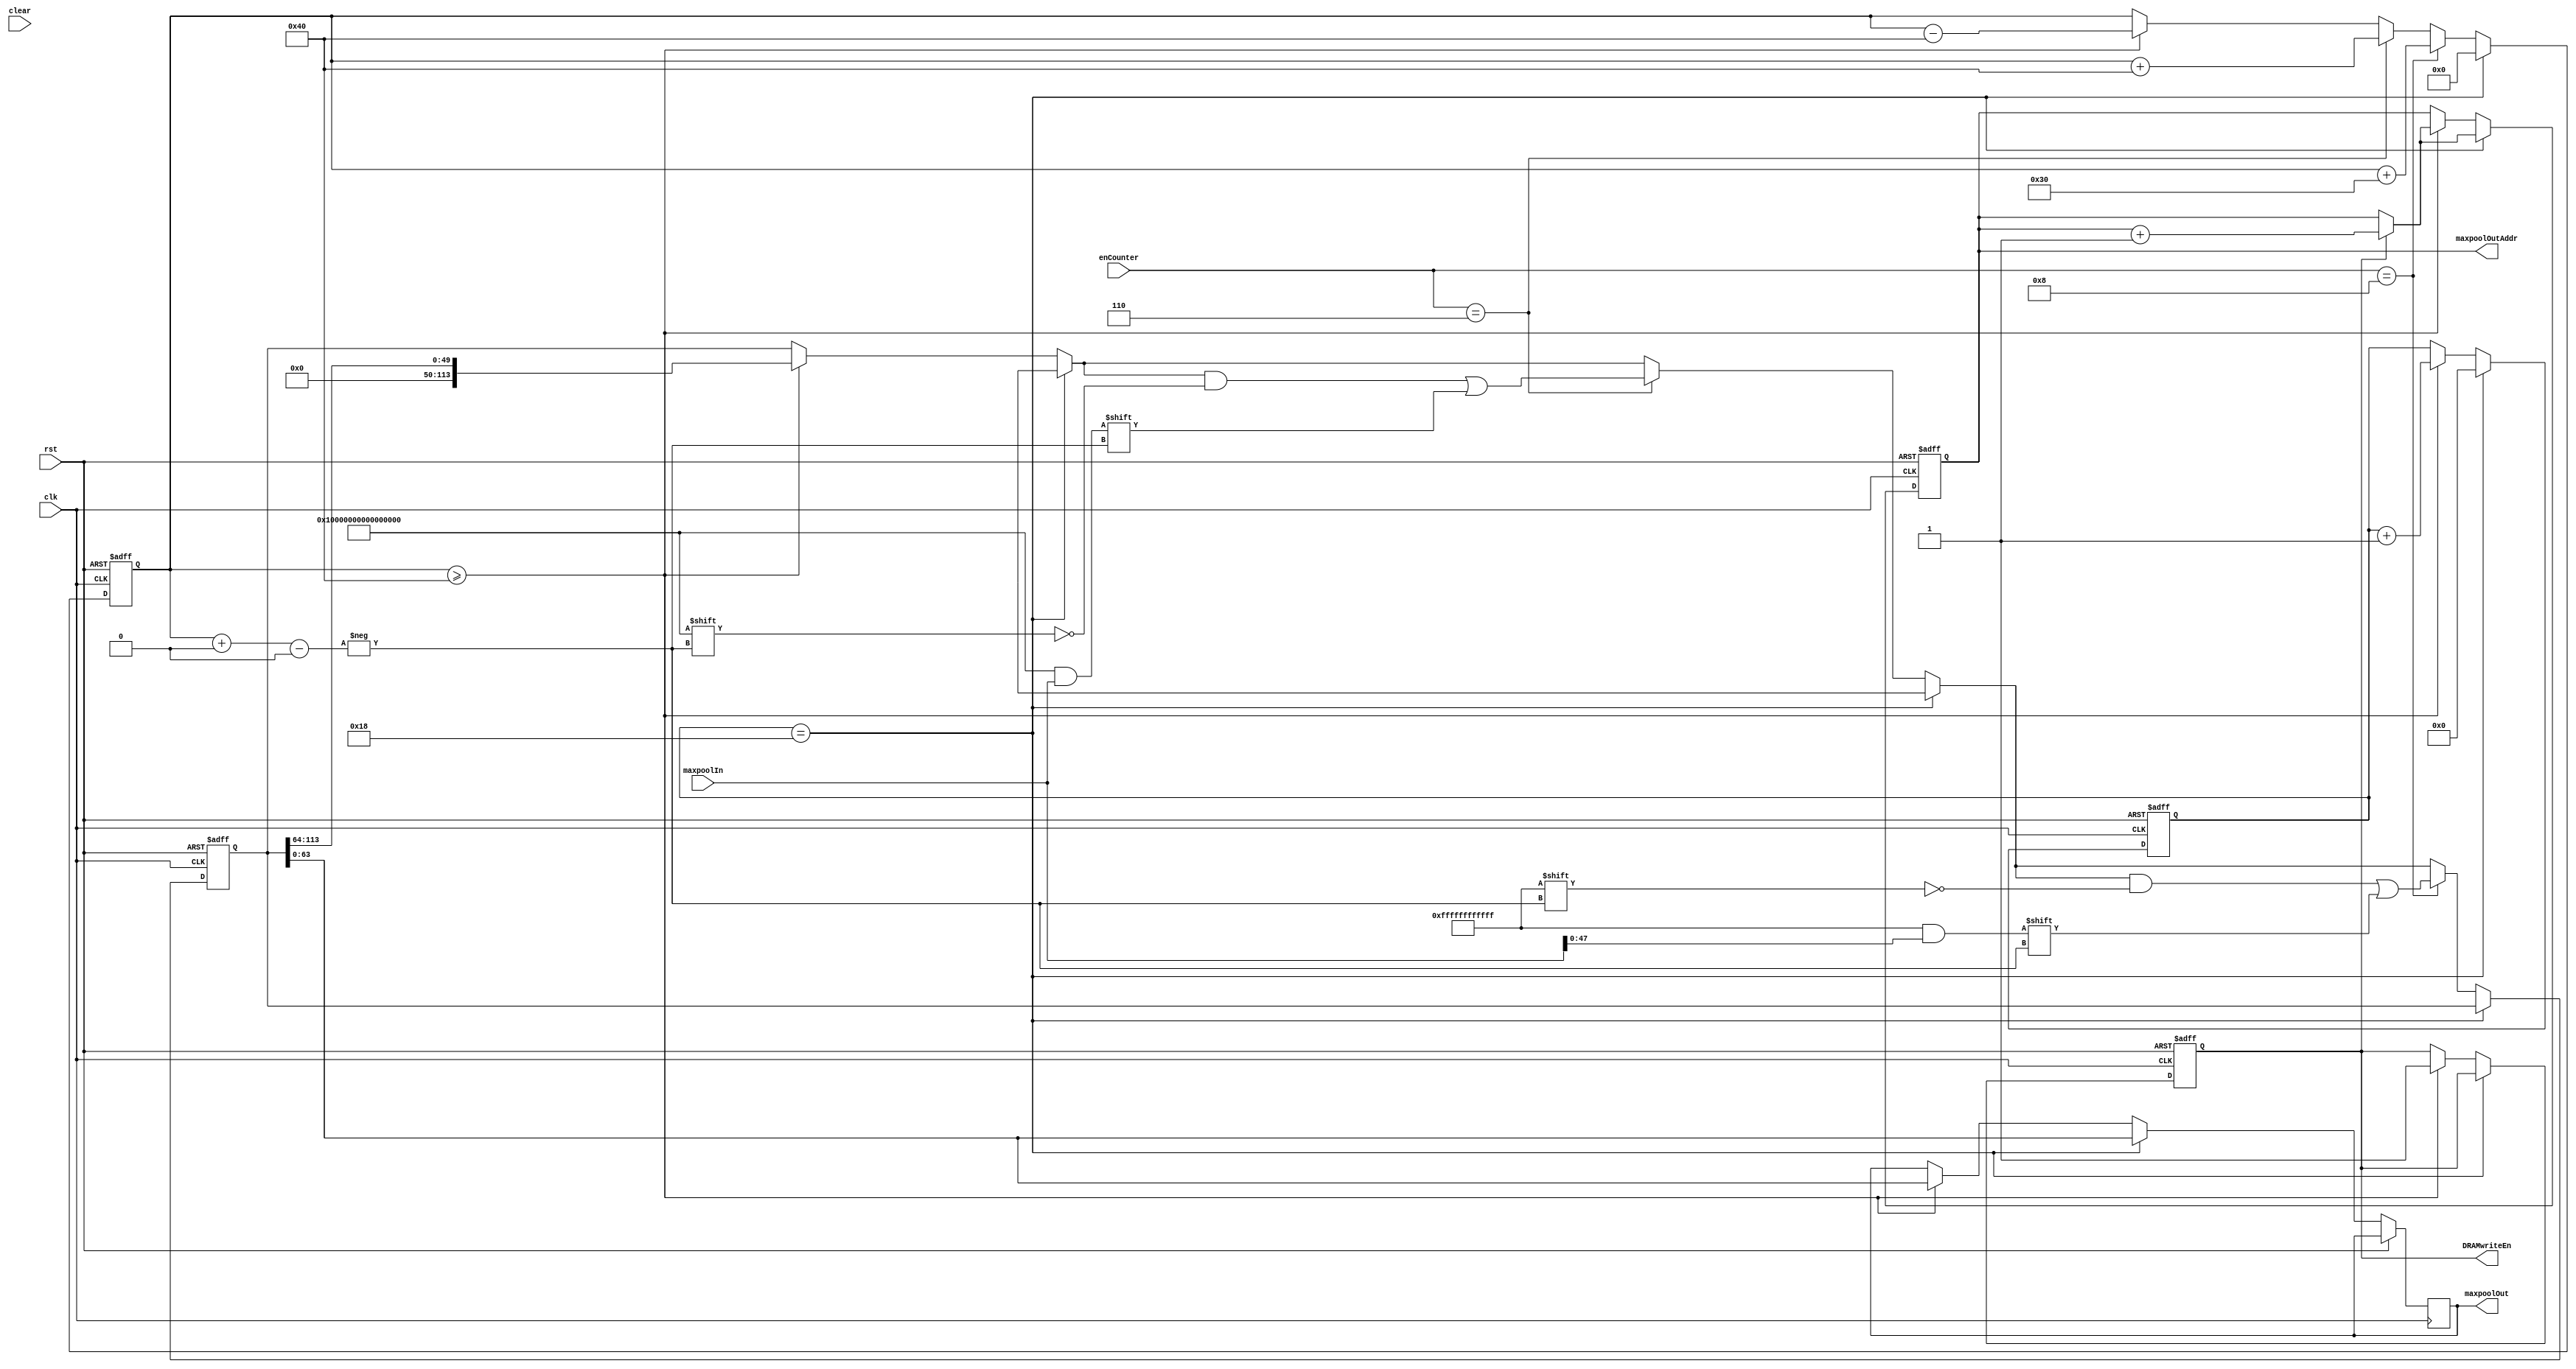
module FIFO_out(clk, rst, clear, enCounter, maxpoolIn, maxpoolOut, maxpoolOutAddr, DRAMwriteEn);

input clk, rst, clear;
input [3:0] enCounter;    // 6 or 8 for output
input [63:0] maxpoolIn;

output reg [9:0] maxpoolOutAddr;
output reg [63:0] maxpoolOut;
output reg DRAMwriteEn;

reg [113:0] buffer;
reg [6:0] index;
reg [10:0] outCounter;


assign canOutput = (index>=64) ;

always@(posedge clk or posedge rst)begin
	if(rst)begin
		buffer <= 114'd0;
		index <= 7'd0;
		maxpoolOutAddr <= 10'd238;
		DRAMwriteEn <= 0;
		outCounter <= 0;
	end
	else begin
		if(outCounter==24)begin   // Output remain 32 bit
			index <= 7'd0;
			maxpoolOut <= buffer[63:0];
			if(DRAMwriteEn)begin
				maxpoolOutAddr <= maxpoolOutAddr+1;
			end
			outCounter <= 0;
		end
		else begin
			if(canOutput)begin
				maxpoolOut <= buffer[63:0];
				index <= index - 64;
				buffer <= buffer >> 64;
				DRAMwriteEn <= 1;
				outCounter <= outCounter + 1;
				if(DRAMwriteEn)begin
					maxpoolOutAddr <= maxpoolOutAddr+1;
				end
			end
			if(enCounter == 6)begin    // Read 64 bit data
				buffer[index +: 64] <= maxpoolIn;
				index <= index + 64;
			end 
			if(enCounter == 8)begin    // Read 48 bit data
				buffer[index +: 48] <= maxpoolIn[47:0];
				index <= index + 48;
			end
		end
	end
end

endmodule